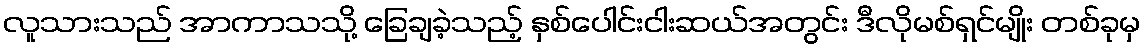
လူသားသည် အာကာသသို့ ခြေချခဲ့သည့် နှစ်ပေါင်းငါးဆယ်အတွင်း ဒီလိုမစ်ရှင်မျိုး တစ်ခုမှ